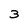
Character: 3